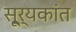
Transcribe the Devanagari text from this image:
सू्र्यकांत